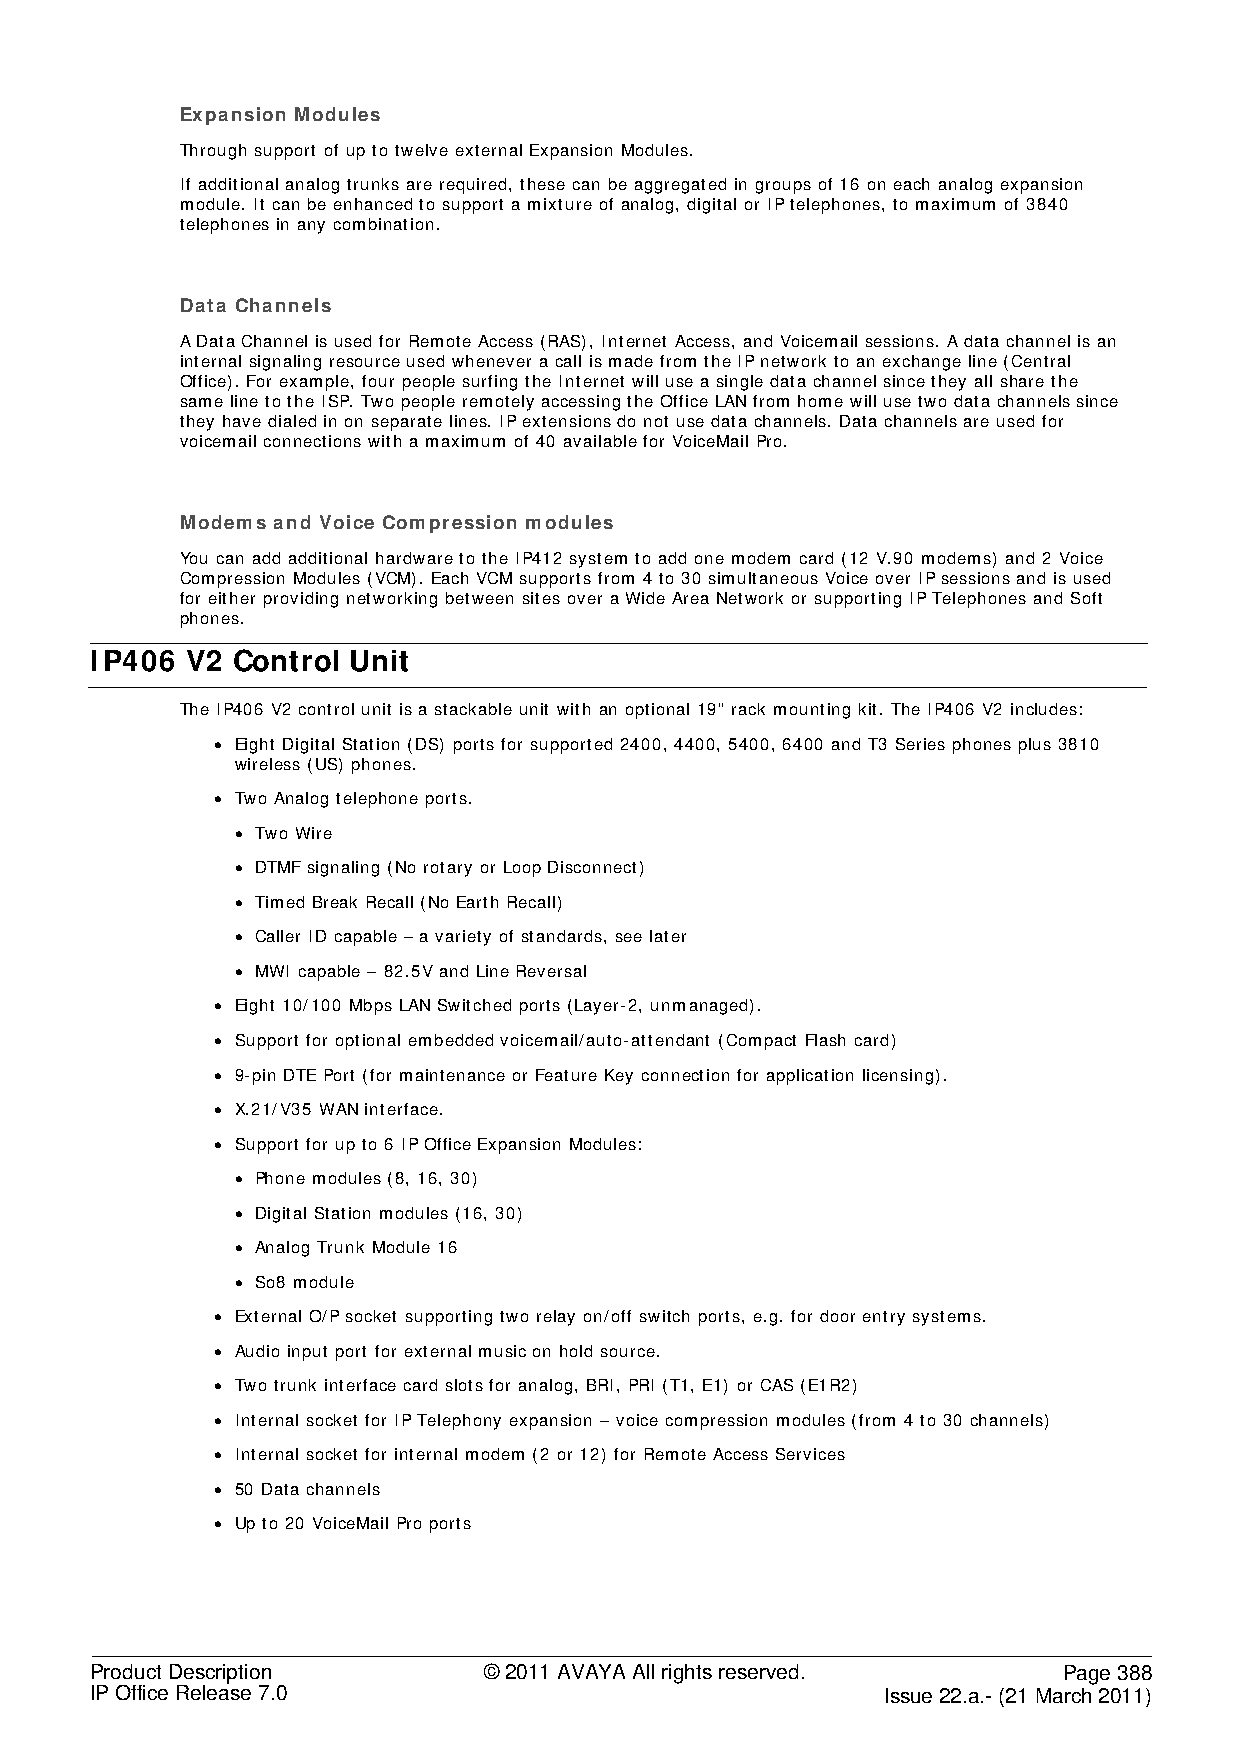
Expansion Modules
 Through support of up to twelve external Expansion Modules.
 If additional analog trunks are required, these can be aggregated in groups of 16 on each analog expansion
 module. It can be enhanced to support a mixture of analog, digital or IP telephones, to maximum of 3840
 telephones in any combination.
 Data Channels
 A Data Channel is used for Remote Access (RAS), Internet Access, and Voicemail sessions. A data channel is an
 internal signaling resource used whenever a call is made from the IP network to an exchange line (Central
 Office). For example, four people surfing the Internet will use a single data channel since they all share the
 same line to the ISP. Two people remotely accessing the Office LAN from home will use two data channels since
 they have dialed in on separate lines. IP extensions do not use data channels. Data channels are used for
 voicemail connections with a maximum of 40 available for VoiceMail Pro.
 Modems and Voice Compression modules
 You can add additional hardware to the IP412 system to add one modem card (12 V.90 modems) and 2 Voice
 Compression Modules (VCM). Each VCM supports from 4 to 30 simultaneous Voice over IP sessions and is used
 for either providing networking between sites over a Wide Area Network or supporting IP Telephones and Soft
 phones.
 IP406 V2 Control Unit
 The IP406 V2 control unit is a stackable unit with an optional 19" rack mounting kit. The IP406 V2 includes:
 • Eight Digital Station (DS) ports for supported 2400, 4400, 5400, 6400 and T3 Series phones plus 3810
 wireless (US) phones.
 • Two Analog telephone ports.
 • Two Wire
 • DTMF signaling (No rotary or Loop Disconnect)
 • Timed Break Recall (No Earth Recall)
 • Caller ID capable – a variety of standards, see later
 • MWI capable – 82.5V and Line Reversal
 • Eight 10/100 Mbps LAN Switched ports (Layer-2, unmanaged).
 • Support for optional embedded voicemail/auto-attendant (Compact Flash card)
 • 9-pin DTE Port (for maintenance or Feature Key connection for application licensing).
 • X.21/V35 WAN interface.
 • Support for up to 6 IP Office Expansion Modules:
 • Phone modules (8, 16, 30)
 • Digital Station modules (16, 30)
 • Analog Trunk Module 16
 • So8 module
 • External O/P socket supporting two relay on/off switch ports, e.g. for door entry systems.
 • Audio input port for external music on hold source.
 • Two trunk interface card slots for analog, BRI, PRI (T1, E1) or CAS (E1R2)
 • Internal socket for IP Telephony expansion – voice compression modules (from 4 to 30 channels)
 • Internal socket for internal modem (2 or 12) for Remote Access Services
 • 50 Data channels
 • Up to 20 VoiceMail Pro ports
 Product Description       © 2011 AVAYA All rights reserved.     Page 388
 IP Office Release 7.0                                Issue 22.a.- (21 March 2011)